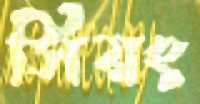
সিয়ং